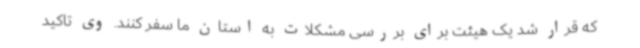
که قرار شد یک هیئت برای بررسی مشکلات به استان ما سفر کنند. وی تاکید